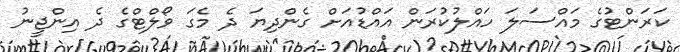
ކަރަންޓުގެ މައްސަލަ ހައްލުކުރަން އައްޑުއަށް ގެންދިޔަ ދެ މެގަ ވޯލްޓްގެ ދެ އިންޖީނު